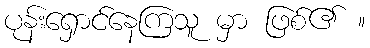
ပုန်းရှောင်နေကြသူ မှာ ဖြစ်၏ ။